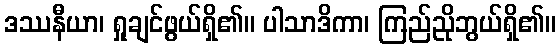
ဒဿနီယာ၊ ရှုချင်ဖွယ်ရှိ၏။ ပါသာဒိကာ၊ ကြည်ညိုဘွယ်ရှိ၏။